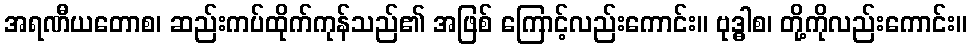
အရဏီယတောစ၊ ဆည်းကပ်ထိုက်ကုန်သည်၏ အဖြစ် ကြောင့်လည်းကောင်း။ ဗုဒ္ဓါစ၊ တို့ကိုလည်းကောင်း။